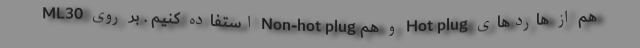
هم از هاردهای Hot plug و هم Non-hot plug استفاده کنیم . بر روی ML30